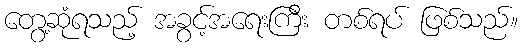
တွေ့ဆုံရသည့် အခွင့်အရေးကြီး တစ်ရပ် ဖြစ်သည်။